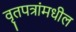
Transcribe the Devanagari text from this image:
वृतपत्रांमधील